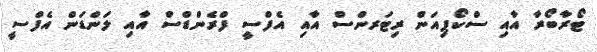
ޓޯރާބޯރާ އާއި ސްކޯޕިއަން ރިޓަރންސް އާއި އެފްސީ ފްރެންޑްސް އާއި ލަންޑަން އެފްސީ